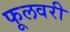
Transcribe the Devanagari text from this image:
फूलवरी